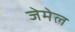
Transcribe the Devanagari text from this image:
जेमेल